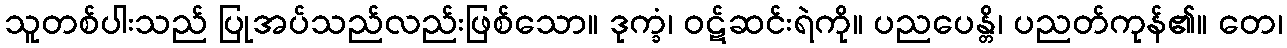
သူတစ်ပါးသည် ပြုအပ်သည်လည်းဖြစ်သော။ ဒုက္ခံ၊ ဝဋ်ဆင်းရဲကို။ ပညပေန္တိ၊ ပညတ်ကုန်၏။ တေ၊